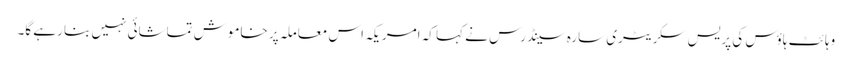
وہائٹ ہاؤس کی پریس سکریٹری سارہ سینڈرس نے کہا کہ امریکہ اس معاملہ پر خاموش تماشائی نہیں بنا رہے گا۔